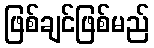
ဖြစ်ချင်ဖြစ်မည်